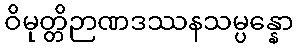
ဝိမုတ္တိဉာဏဒဿနသမ္ပန္နော